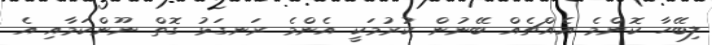
ލިބޭހާ ކޮންމެ އެއްޗެއް ބޭނުން ކުރުމަކީ އެންމެ ރަނގަޅު ގޮތް ނޫންކަމާއި އެ